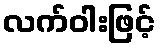
လက်ဝါးဖြင့်